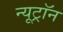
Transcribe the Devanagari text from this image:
न्यूट्राॅन